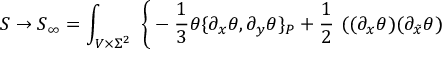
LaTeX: S \to S _ { \infty } = \int _ { V \times \Sigma ^ { 2 } } \ \bigg \{ - \frac { 1 } { 3 } \theta \{ \partial _ { x } \theta , \partial _ { y } \theta \} _ { P } + \frac { 1 } { 2 } \ ( ( \partial _ { x } \theta ) ( \partial _ { \tilde { x } } \theta )